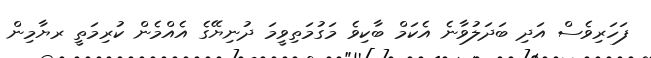
ފަހަރިވެސް އަދި ބަދަލުވާނެ އެކަމް ބާކިވެ މަގުމަތިވީމަ ދުނިޔޭގެ އެއްމެން ކުރިމަތީ ރޔާމިން